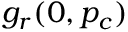
g _ { r } ( 0 , p _ { c } )